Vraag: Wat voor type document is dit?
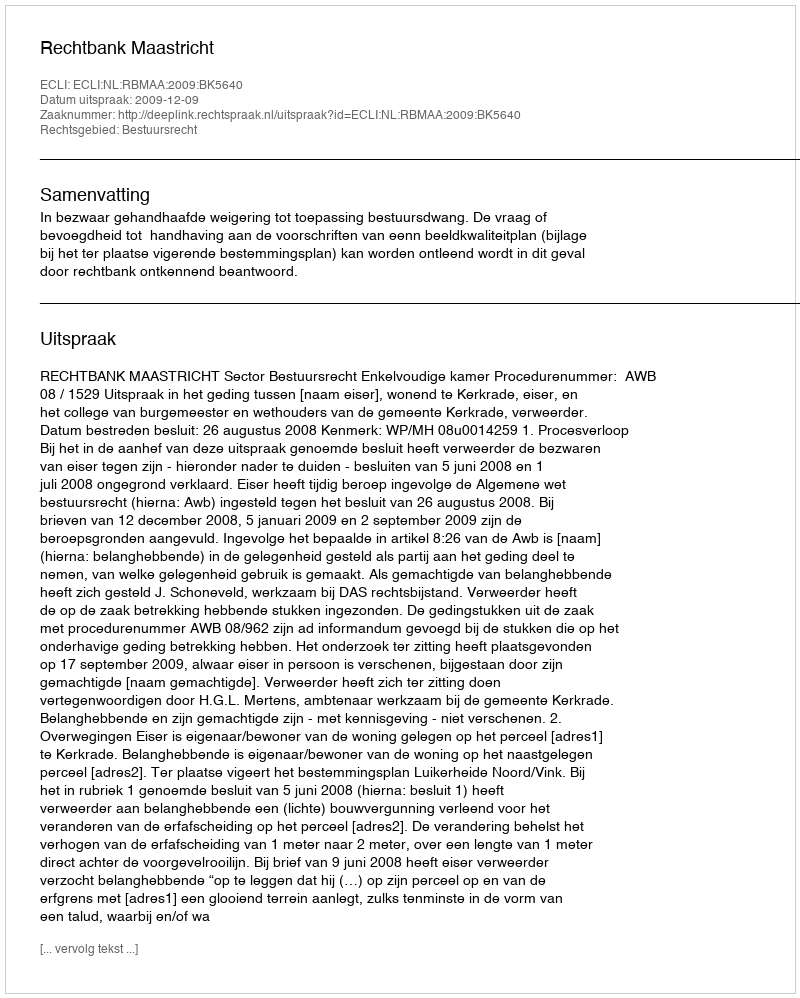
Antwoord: Uitspraak